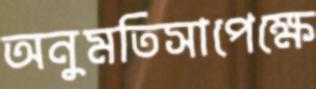
অনুমতিসাপেক্ষে